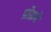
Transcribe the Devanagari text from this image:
प्रोग्रमे